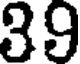
39